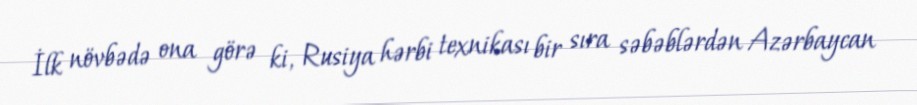
İlk növbədə ona görə ki, Rusiya hərbi texnikası bir sıra səbəblərdən Azərbaycan